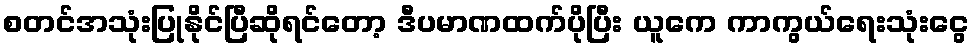
စတင်အသုံးပြုနိုင်ပြီဆိုရင်တော့ ဒီပမာဏထက်ပိုပြီး ယူကေ ကာကွယ်ရေးသုံးငွေ